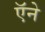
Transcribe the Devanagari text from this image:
ऍने